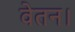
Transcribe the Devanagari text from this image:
वेतन।